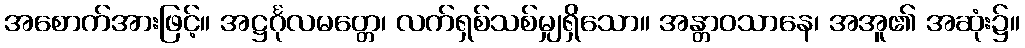
အစောက်အားဖြင့်။ အဋ္ဌင်္ဂုလမတ္တေ၊ လက်ရှစ်သစ်မျှရှိသော။ အန္တာဝသာနေ၊ အအူ၏ အဆုံး၌။